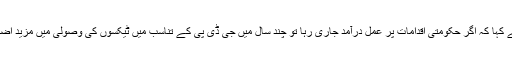
انہوں نے کہا کہ اگر حکومتی اقدامات پر عمل درآمد جاری رہا تو چند سال میں جی ڈی پی کے تناسب میں ٹیکسوں کی وصولی میں مزید اضافہ ہوگا۔